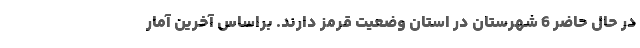
در حال حاضر 6 شهرستان در استان وضعیت قرمز دارند. براساس آخرین آمار